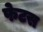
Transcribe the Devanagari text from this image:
फेटस